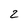
Character: 2